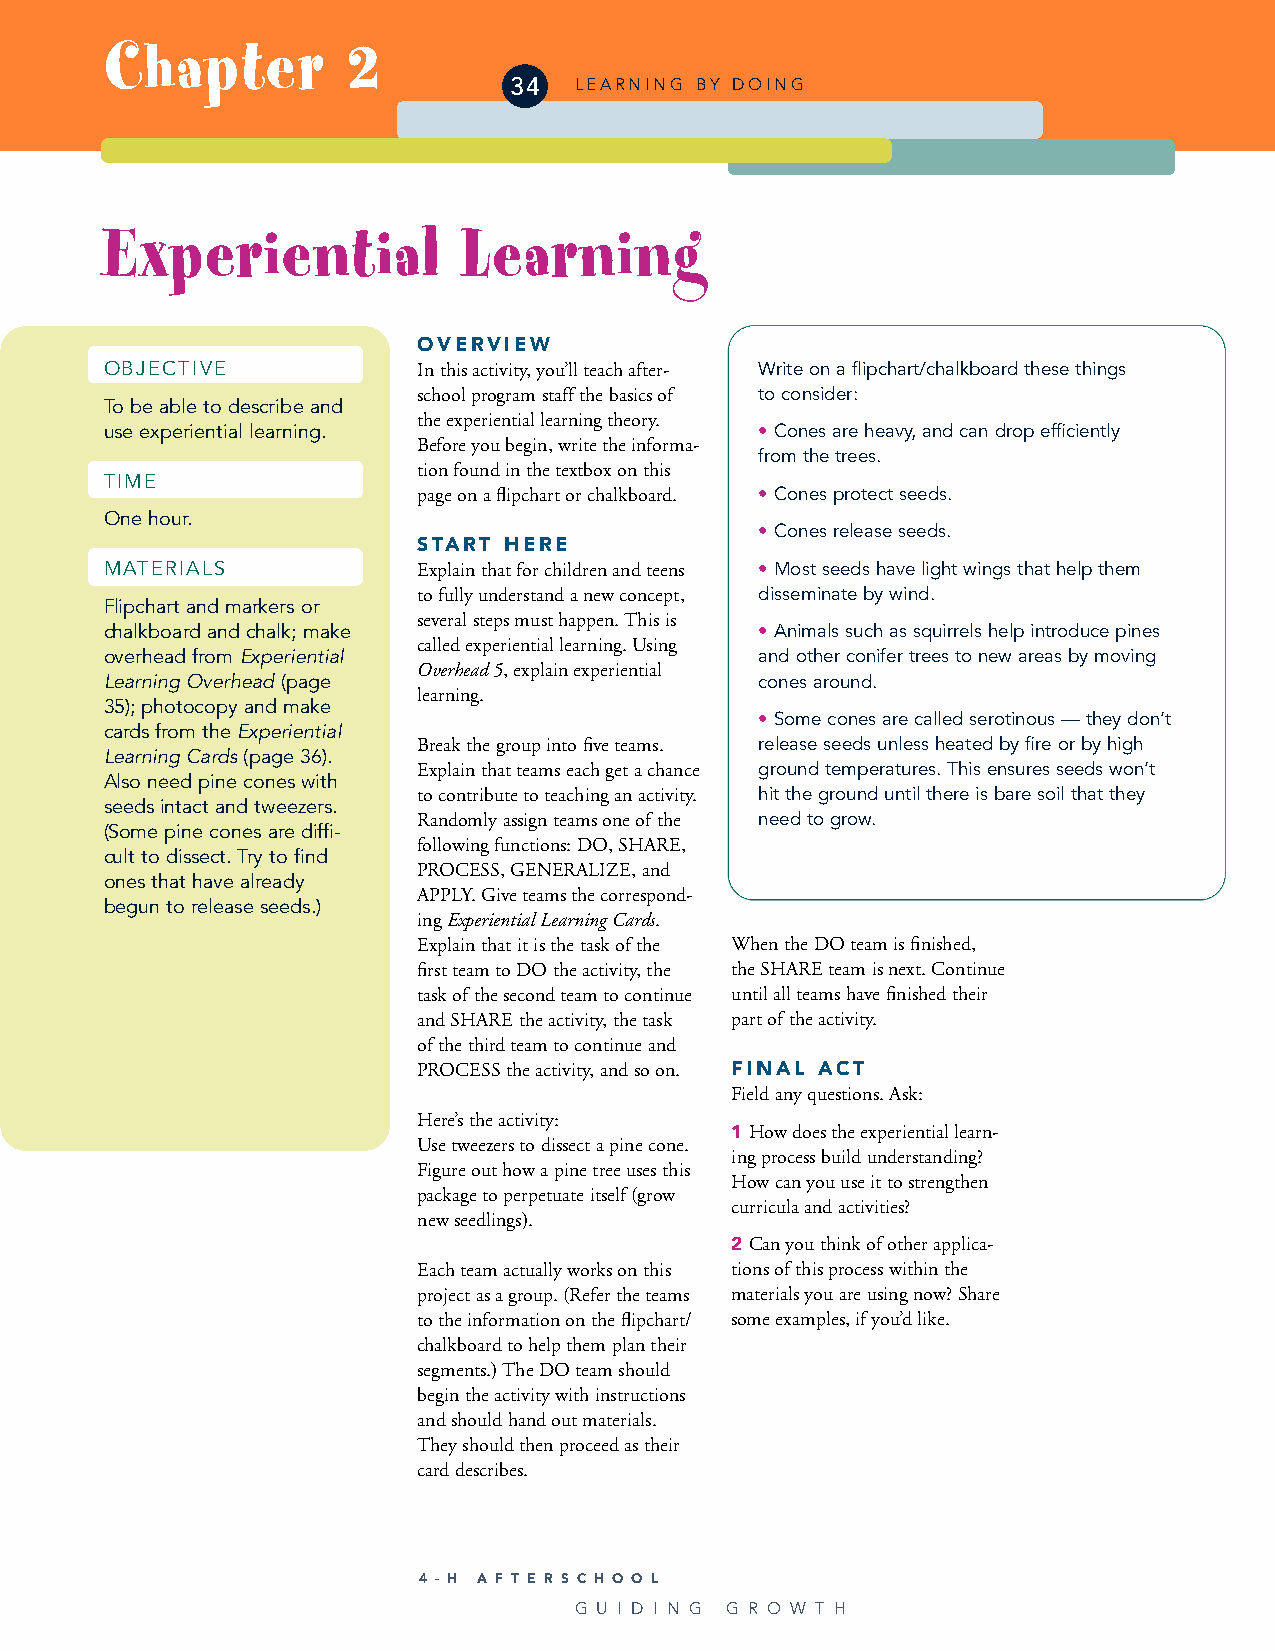
Chapter         2
 34  LEARNING BY DOING
 Experiential            Learning
 OVERVIEW
 OBJECTIVE            In this activity, you’ll teach after- Write on a flipchart/chalkboard these things
 school program staff the basics of to consider:
 To be able to describe and
 the experiential learning theory.
 use experiential learning.                 • Cones are heavy, and can drop efficiently
 Before you begin, write the informa-
 from the trees.
 tion found in the textbox on this
 TIME
 page on a flipchart or chalkboard. • Cones protect seeds.
 One hour.
 • Cones release seeds.
 START HERE
 MATERIALS            Explain that for children and teens • Most seeds have light wings that help them
 to fully understand a new concept, disseminate by wind.
 Flipchart and markers or
 several steps must happen. This is
 chalkboard and chalk; make                 • Animals such as squirrels help introduce pines
 called experiential learning. Using
 overhead from Experiential                 and other conifer trees to new areas by moving
 Overhead 5, explain experiential
 Learning Overhead (page                    cones around.
 learning.
 35); photocopy and make
 • Some cones are called serotinous — they don’t
 cards from the Experiential
 Break the group into five teams. release seeds unless heated by fire or by high
 Learning Cards(page 36).
 Explain that teams each get a chance ground temperatures. This ensures seeds won’t
 Also need pine cones with
 to contribute to teaching an activity. hit the ground until there is bare soil that they
 seeds intact and tweezers.
 Randomly assign teams one of the need to grow.
 (Some pine cones are diffi-
 following functions: DO, SHARE,
 cult to dissect. Try to find
 PROCESS, GENERALIZE, and
 ones that have already
 APPLY. Give teams the correspond-
 begun to release seeds.)
 ing Experiential Learning Cards.
 Explain that it is the task of the When the DO team is finished,
 first team to DO the activity, the the SHARE team is next. Continue
 task of the second team to continue until all teams have finished their
 and SHARE the activity, the task part of the activity.
 of the third team to continue and
 PROCESS the activity, and so on. FINAL ACT
 Field any questions. Ask:
 Here’s the activity:
 1 How does the experiential learn-
 Use tweezers to dissect a pine cone.
 ing process build understanding?
 Figure out how a pine tree uses this
 How can you use it to strengthen
 package to perpetuate itself (grow
 curricula and activities?
 new seedlings).
 2 Can you think of other applica-
 Each team actually works on this tions of this process within the
 project as a group. (Refer the teams materials you are using now? Share
 to the information on the flipchart/ some examples, if you’d like.
 chalkboard to help them plan their
 segments.) The DO team should
 begin the activity with instructions
 and should hand out materials.
 They should then proceed as their
 card describes.
 4 - H A F T E R S C H O O L
 G U I D I N G G R O W T H